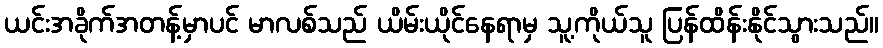
ယင်းအခိုက်အတန့်မှာပင် မာလစ်သည် ယိမ်းယိုင်နေရာမှ သူ့ကိုယ်သူ ပြန်ထိန်းနိုင်သွားသည်။